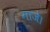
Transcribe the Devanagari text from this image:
गाजे।